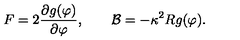
F = 2 \frac { \partial g ( \varphi ) } { \partial \varphi } , \qquad { \cal B } = - \kappa ^ { 2 } R g ( \varphi ) .